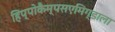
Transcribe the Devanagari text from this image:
हिप्पोकैम्पसएमिग्डाला